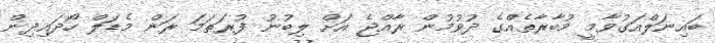
ބައިނަލްއަގުވާމީ މުބާރާތެއްގެ ދުވުމުން ރާއްޖެ އަށް ލިބުނު ފުރަތަމަ ރަން މެޑަލް ހޯދައިދިން